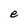
Character: e